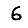
Digit: 6